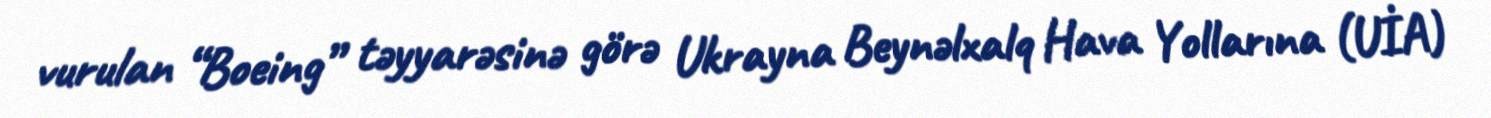
vurulan “Boeing” təyyarəsinə görə Ukrayna Beynəlxalq Hava Yollarına (UİA)